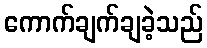
ကောက်ချက်ချခဲ့သည်